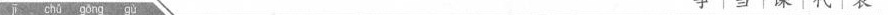
jī chǔ gǒng gù 争 |当 |课 |代 |表